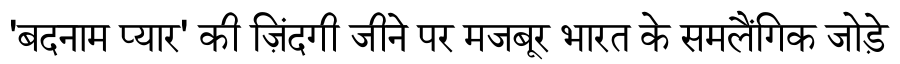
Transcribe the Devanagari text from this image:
'बदनाम प्यार' की ज़िंदगी जीने पर मजबूर भारत के समलैंगिक जोड़े